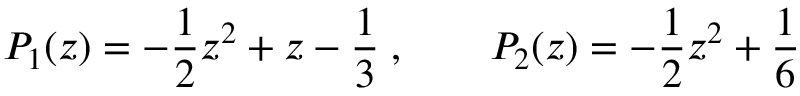
P _ { 1 } ( z ) = - \frac { 1 } { 2 } z ^ { 2 } + z - \frac { 1 } { 3 } \; , \qquad P _ { 2 } ( z ) = - \frac { 1 } { 2 } z ^ { 2 } + \frac { 1 } { 6 }